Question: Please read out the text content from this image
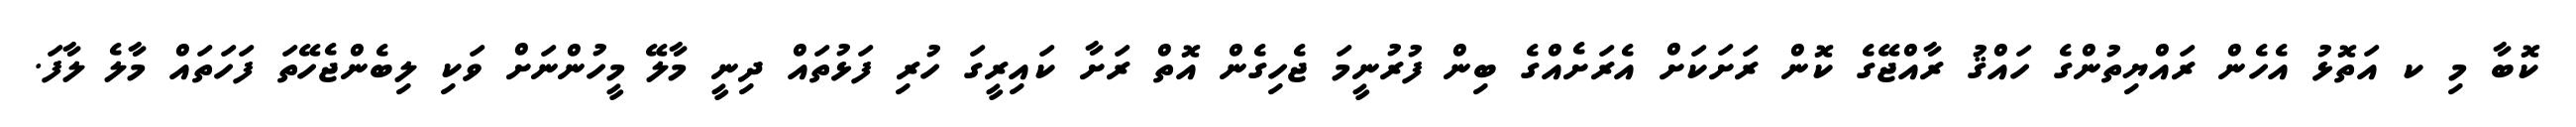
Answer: ކޮބާ މި ކ އަތޮޅު އެހެން ރައްޔިތުންގެ ހައްޤު ރާއްޖޭގެ ކޮން ރަށަކަށް އެރަށެއްގެ ބިން ފުރުނީމަ ޖެހިގެން އޮތް ރަށާ ކައިރީގަ ހުރި ފަޅުތައް ދިނީ މާލޭ މީހުންނަށް ވަކި ލިބެންޖެހޭތަ ފަހަތައް މާލެ ލާފަ.